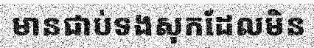
មានជាប់ទងសុកដែលមិន